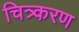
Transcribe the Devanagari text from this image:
चित्र्करण